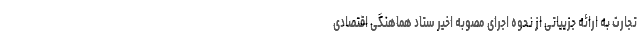
تجارت به ارائه جزییاتی از نحوه اجرای مصوبه اخیر ستاد هماهنگی اقتصادی